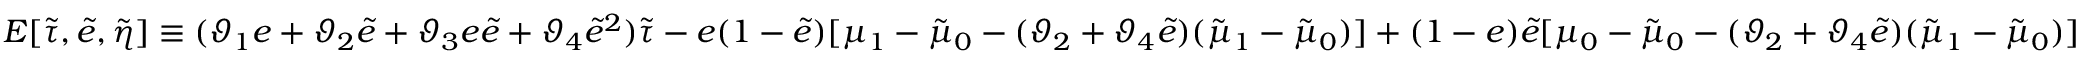
E [ \tilde { \tau } , \tilde { e } , \tilde { \eta } ] \equiv ( \vartheta _ { 1 } e + \vartheta _ { 2 } \tilde { e } + \vartheta _ { 3 } e \tilde { e } + \vartheta _ { 4 } \tilde { e } ^ { 2 } ) \tilde { \tau } - e ( 1 - \tilde { e } ) [ \mu _ { 1 } - \tilde { \mu } _ { 0 } - ( \vartheta _ { 2 } + \vartheta _ { 4 } \tilde { e } ) ( \tilde { \mu } _ { 1 } - \tilde { \mu } _ { 0 } ) ] + ( 1 - e ) \tilde { e } [ \mu _ { 0 } - \tilde { \mu } _ { 0 } - ( \vartheta _ { 2 } + \vartheta _ { 4 } \tilde { e } ) ( \tilde { \mu } _ { 1 } - \tilde { \mu } _ { 0 } ) ]